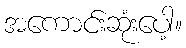
အကောင်းဆုံးပေါ့။